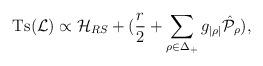
LaTeX: \begin{align*}\mbox{Ts}({\cal L})\propto {\cal H}_{RS}+({r\over2}+\sum_{\rho\in\Delta_+}g_{|\rho|}\hat{\cal P}_\rho),\end{align*}